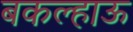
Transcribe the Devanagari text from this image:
बकल्हाऊ